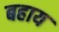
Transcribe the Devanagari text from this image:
बहाय